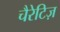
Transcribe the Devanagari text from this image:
चैरेटिज़